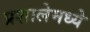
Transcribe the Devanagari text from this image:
प्रशालेमध्ये